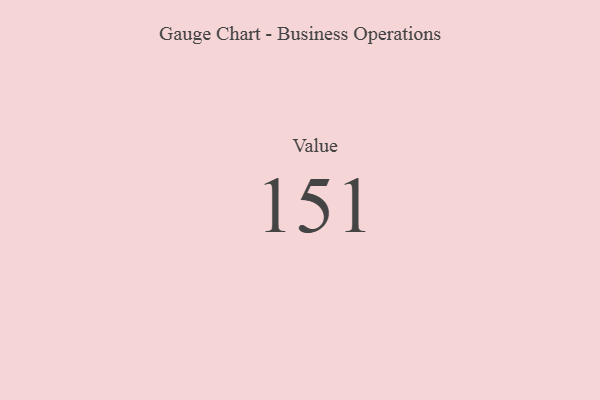
{"axis": {"x": "Metric", "y": "Value"}, "legend": [""], "data": [{"x": "Value", "y": 151, "type": ""}]}